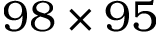
9 8 \times 9 5